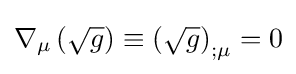
\nabla _{\mu }\left({\sqrt {g}}\right)\equiv \left({\sqrt {g}}\right)_{;\mu }=0